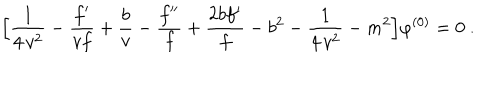
\Big [ { \frac { 1 } { 4 \, v ^ { 2 } } } - { \frac { f ^ { \prime } } { v f } } + { \frac { b } { v } } - { \frac { f ^ { \prime \prime } } { f } } + { \frac { 2 b f ^ { \prime } } { f } } - b ^ { 2 } - { \frac { 1 } { 4 \, v ^ { 2 } } } - m ^ { 2 } \Big ] \varphi ^ { ( 0 ) } = 0 ~ .